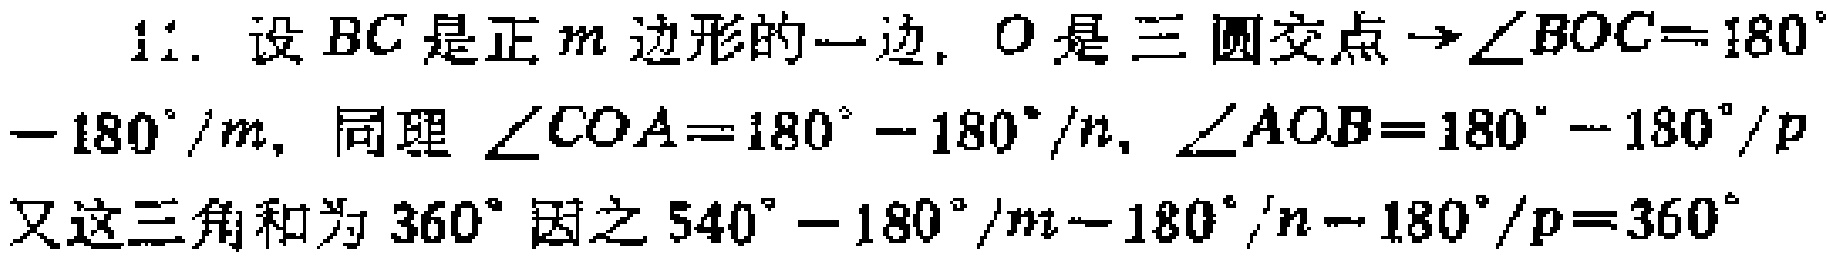
11. 设 \(BC\) 是正 \(m\) 边形的一边, \(O\) 是三圆交点 \(\to\angle BOC = 180^{\circ}-180^{\circ}/m\), 同理 \(\angle COA=180^{\circ}-180^{\circ}/n\), \(\angle AOB = 180^{\circ}-180^{\circ}/p\) 又这三角和为 \(360^{\circ}\) 因之 \(540^{\circ}-180^{\circ}/m - 180^{\circ}/n-180^{\circ}/p = 360^{\circ}\)